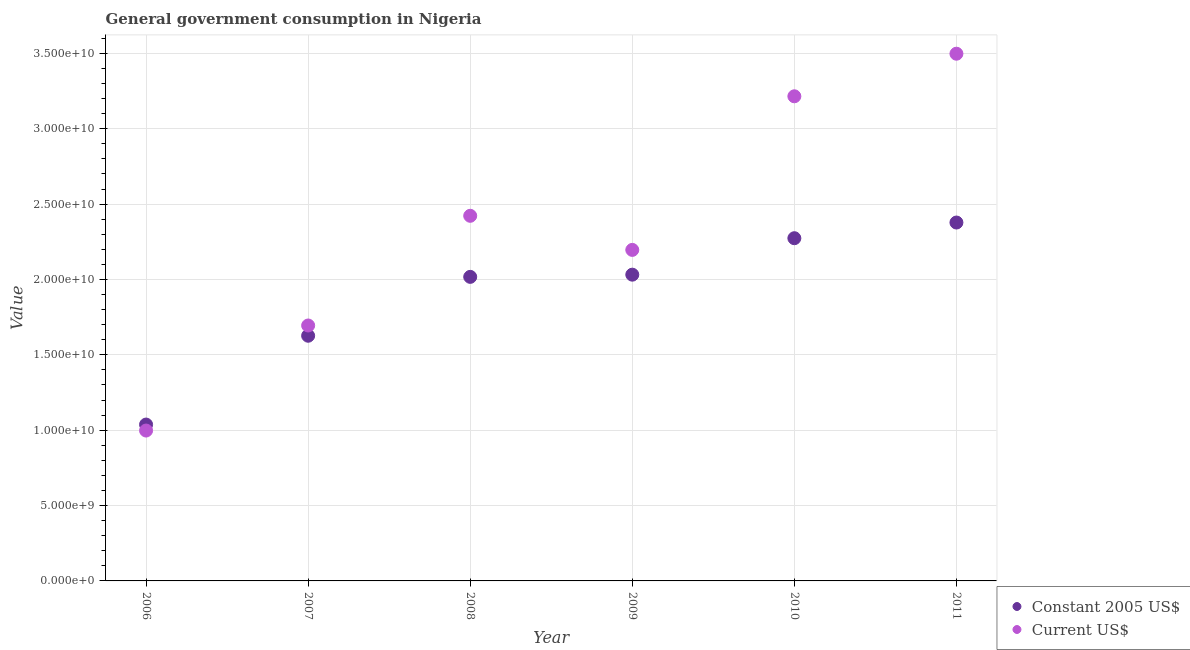
| Year | Constant 2005 US$ | Current US$ |
 | --- | --- | --- |
 | 2006 | 1.04e+10 | 9.98e+09 |
 | 2007 | 1.63e+10 | 1.69e+10 |
 | 2008 | 2.02e+10 | 2.42e+10 |
 | 2009 | 2.03e+10 | 2.2e+10 |
 | 2010 | 2.27e+10 | 3.22e+10 |
 | 2011 | 2.38e+10 | 3.5e+10 |